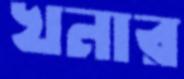
খনার